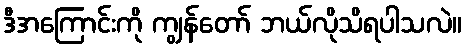
ဒီအကြောင်းကို ကျွန်တော် ဘယ်လိုသိရပါသလဲ။